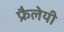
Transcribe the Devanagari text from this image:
फ्रैलेयी